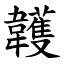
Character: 䪝